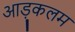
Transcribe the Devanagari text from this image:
आड़ुकलम